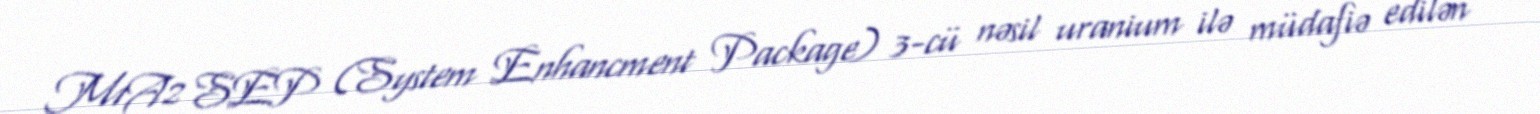
M1A2 SEP (System Enhancment Package) 3-cü nəsil uranium ilə müdafiə edilən